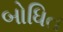
બોધિત